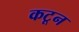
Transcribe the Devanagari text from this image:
कटून